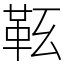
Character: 䩘